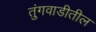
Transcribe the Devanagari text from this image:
तुंगवाडीतील